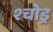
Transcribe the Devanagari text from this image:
श्चोड्र